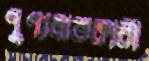
পুণ্যলাভকারী